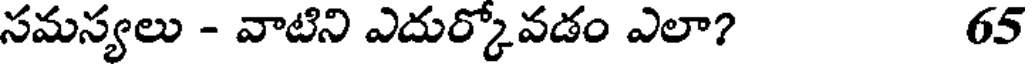
సమస్యలు - వాటిని ఎదుర్కోవడం ఎలా? 65